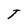
Character: T